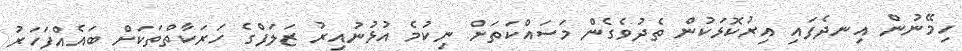
ހިމޭނުން އިނދެފައި އިރުކޮޅަކުން ތެދުވެގެން މަސައްކަތަށް ނިކުމެ އުޅުނުއިރު ޒަލަފްގެ ހަރަކާތްތަކަށް ބައެއްފަހަރު